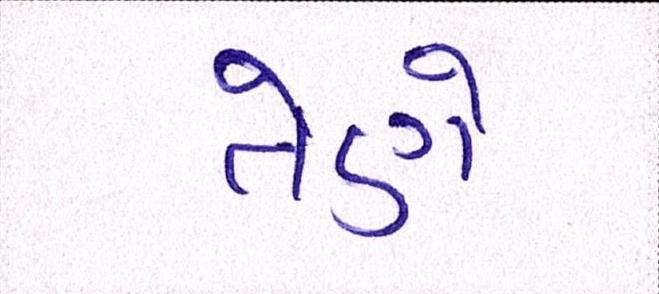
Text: તેણે